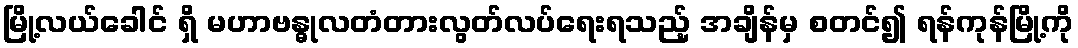
မြို့လယ်ခေါင် ရှိ မဟာဗန္ဓုလတံတားလွတ်လပ်ရေးရသည့် အချိန်မှ စတင်၍ ရန်ကုန်မြို့ကို